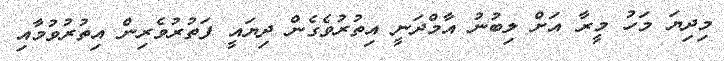
މިދިޔަ މަހު މީރާ އަށް ލިބުނު އާމްދަނީ އިތުރުވެގެން ދިޔައީ ފަތުރުވެރިން އިތުރުވުމާއި